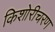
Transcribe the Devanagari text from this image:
किशोरीचरण